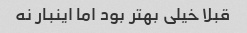
قبلا خیلی بهتر بود اما اینبار نه